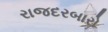
રાજદરબારો